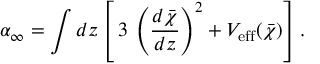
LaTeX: \alpha _ { \infty } = \int d z \left[ \, 3 \, \left( \frac { d \bar { \chi } } { d z } \right) ^ { 2 } + V _ { \mathrm { e f f } } ( \bar { \chi } ) \right] .